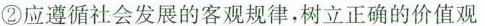
②应遵循社会发展的客观规律，树立正确的价值观